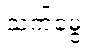
သက်မွေး